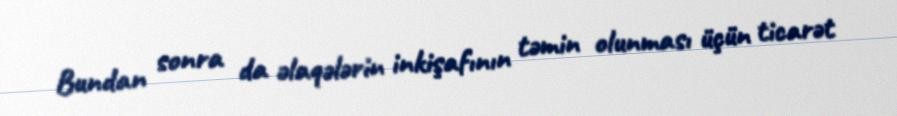
Bundan sonra da əlaqələrin inkişafının təmin olunması üçün ticarət